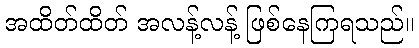
အထိတ်ထိတ် အလန့်လန့် ဖြစ်နေကြရသည်။